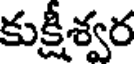
కుక్షీశ్వర